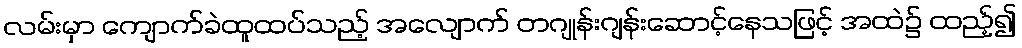
လမ်းမှာ ကျောက်ခဲထူထပ်သည့် အလျောက် တဂျုန်းဂျန်းဆောင့်နေသဖြင့် အထဲ၌ ထည့်၍